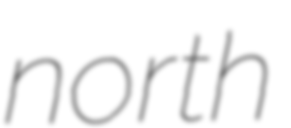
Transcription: north